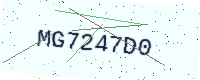
Text: MG7247D0